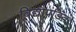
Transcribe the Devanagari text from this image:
विद्यापंडित